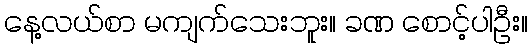
နေ့လယ်စာ မကျက်သေးဘူး။ ခဏ စောင့်ပါဦး။